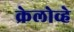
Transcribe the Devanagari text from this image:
क्रेलोव्हे